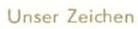
Unser Zeichen